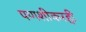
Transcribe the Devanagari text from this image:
पणशीकरही